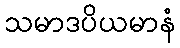
သမာဒပိယမာနံ